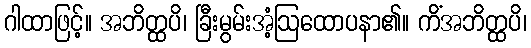
ဂါထာဖြင့်။ အဘိတ္ထပိ၊ ခြီးမွမ်းအံ့ဩထောပနာ၏။ ကိံအဘိတ္ထပိ၊